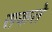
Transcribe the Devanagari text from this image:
सकते